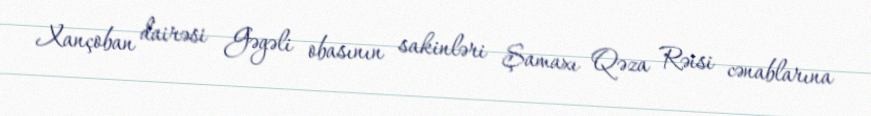
Xançoban dairəsi Gəgəli obasının sakinləri Şamaxı Qəza Rəisi cənablarına